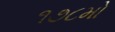
૧૭૮મો